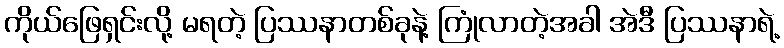
ကိုယ်ဖြေရှင်းလို့ မရတဲ့ ပြဿနာတစ်ခုနဲ့ ကြုံလာတဲ့အခါ အဲဒီ ပြဿနာရဲ့